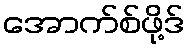
အောက်စ်ဖို့ဒ်